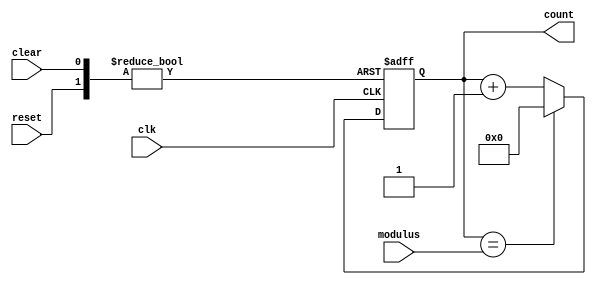
module modulus_counter (
    input wire clk,
    input wire reset,
    input wire clear,
    input wire [7:0] modulus,
    output reg [7:0] count
);

always @ (posedge clk or posedge reset or posedge clear) begin
    if (reset) begin
        count <= 8'b0;
    end else if (clear) begin
        count <= 8'b0;
    end else begin
        if (count == modulus) begin
            count <= 8'b0;
        end else begin
            count <= count + 1;
        end
    end
end

endmodule